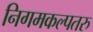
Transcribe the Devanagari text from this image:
निगमकल्पतरु